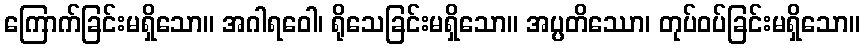
ကြောက်ခြင်းမရှိသော။ အဂါရဝေါ၊ ရိုသေခြင်းမရှိသော။ အပ္ပတိဿော၊ တုပ်ဝပ်ခြင်းမရှိသော။